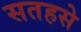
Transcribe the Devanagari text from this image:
सतहसे